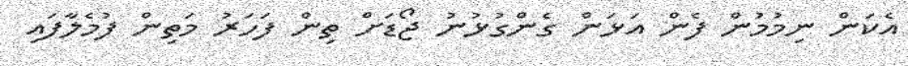
އެކަން ނިމުމުން ފެން އަޅަން ގެންގުޅުނު ޖޯޑަށް ތިން ފަހަރު މަތިން ފުމެލާފައި